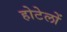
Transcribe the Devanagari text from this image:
होटेलों